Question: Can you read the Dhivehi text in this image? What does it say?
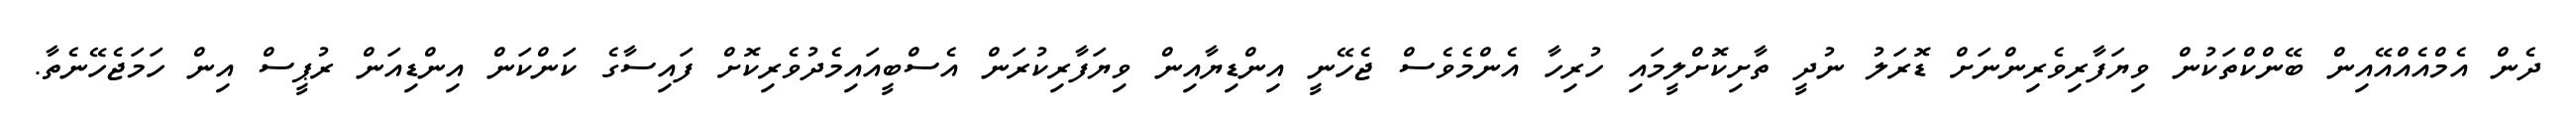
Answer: ދެން އެމްއެއްއޭއިން ބޭންކްތަކުން ވިޔަފާރިވެރިންނަށް ޑޮރަލު ނުދީ ތާށިކޮށްލީމައި ހުރިހާ އެންމެވެސް ޖެހޭނީ އިންޑިޔާއިން ވިޔަފާރިކުރަން އެސްބީއައިމެދުވެރިކޮށް ފައިސާގެ ކަންކަން އިންޑިއަން ރުޕީސް އިން ހަމަޖެހޭނެތާ.